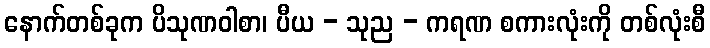
နောက်တစ်ခုက ပိသုဏဝါစာ၊ ပီယ - သုည - ကရဏ စကားလုံးကို တစ်လုံးစီ